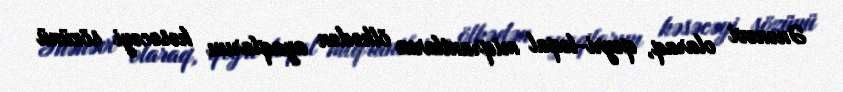
Ənənəvi olaraq, qeyri-leqal miqrantların ölkədən ayaqlarını kəsəcəyi sözünü